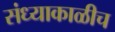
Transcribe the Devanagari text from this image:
संध्याकाळीच